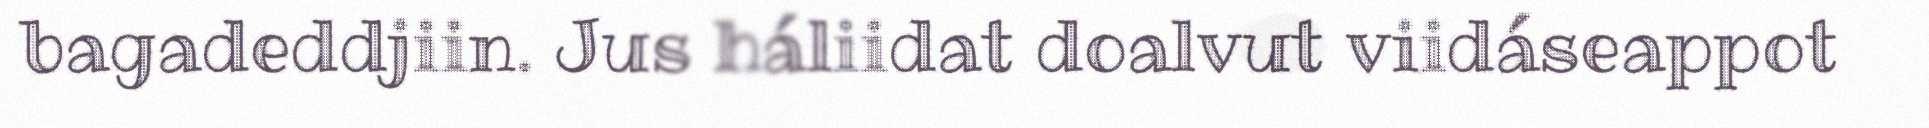
bagadeddjiin. Jus háliidat doalvut viidáseappot